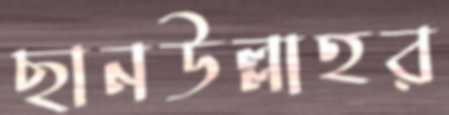
ছানউল্লাহর